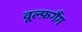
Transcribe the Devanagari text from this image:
वूल्फ़गैंग